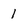
Character: 1